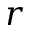
r